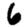
Digit: 6